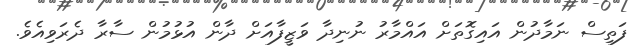
ފަތިސް ނަމާދުން އައިގޮތަށް އައްމާރު ނުނިދާ ވަޒީފާއަށް ދާން އުޅުމުން ސާރާ ދެރަވިއެވެ.